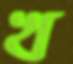
খ